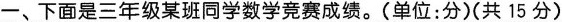
一、下面是三年级某班同学数学竞赛成绩。(单位：分)(共15分)